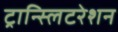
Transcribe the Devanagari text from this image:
ट्रान्स्लिटरेशन